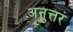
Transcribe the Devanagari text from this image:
अनुत्तरं